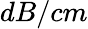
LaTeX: dB/cm